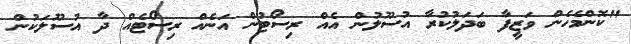
"ކޮންމެހެން ވަޒީފާ ބަދަލުކުރާ އުސޫލުން އެއް ރިސޯޓުން އަނެއް ރިސޯޓެއް ދާ އުސޫލަކުން